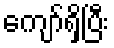
ကျော်ရှိပြီး